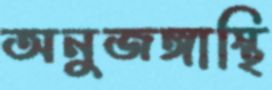
অনুজঙ্গাস্থি